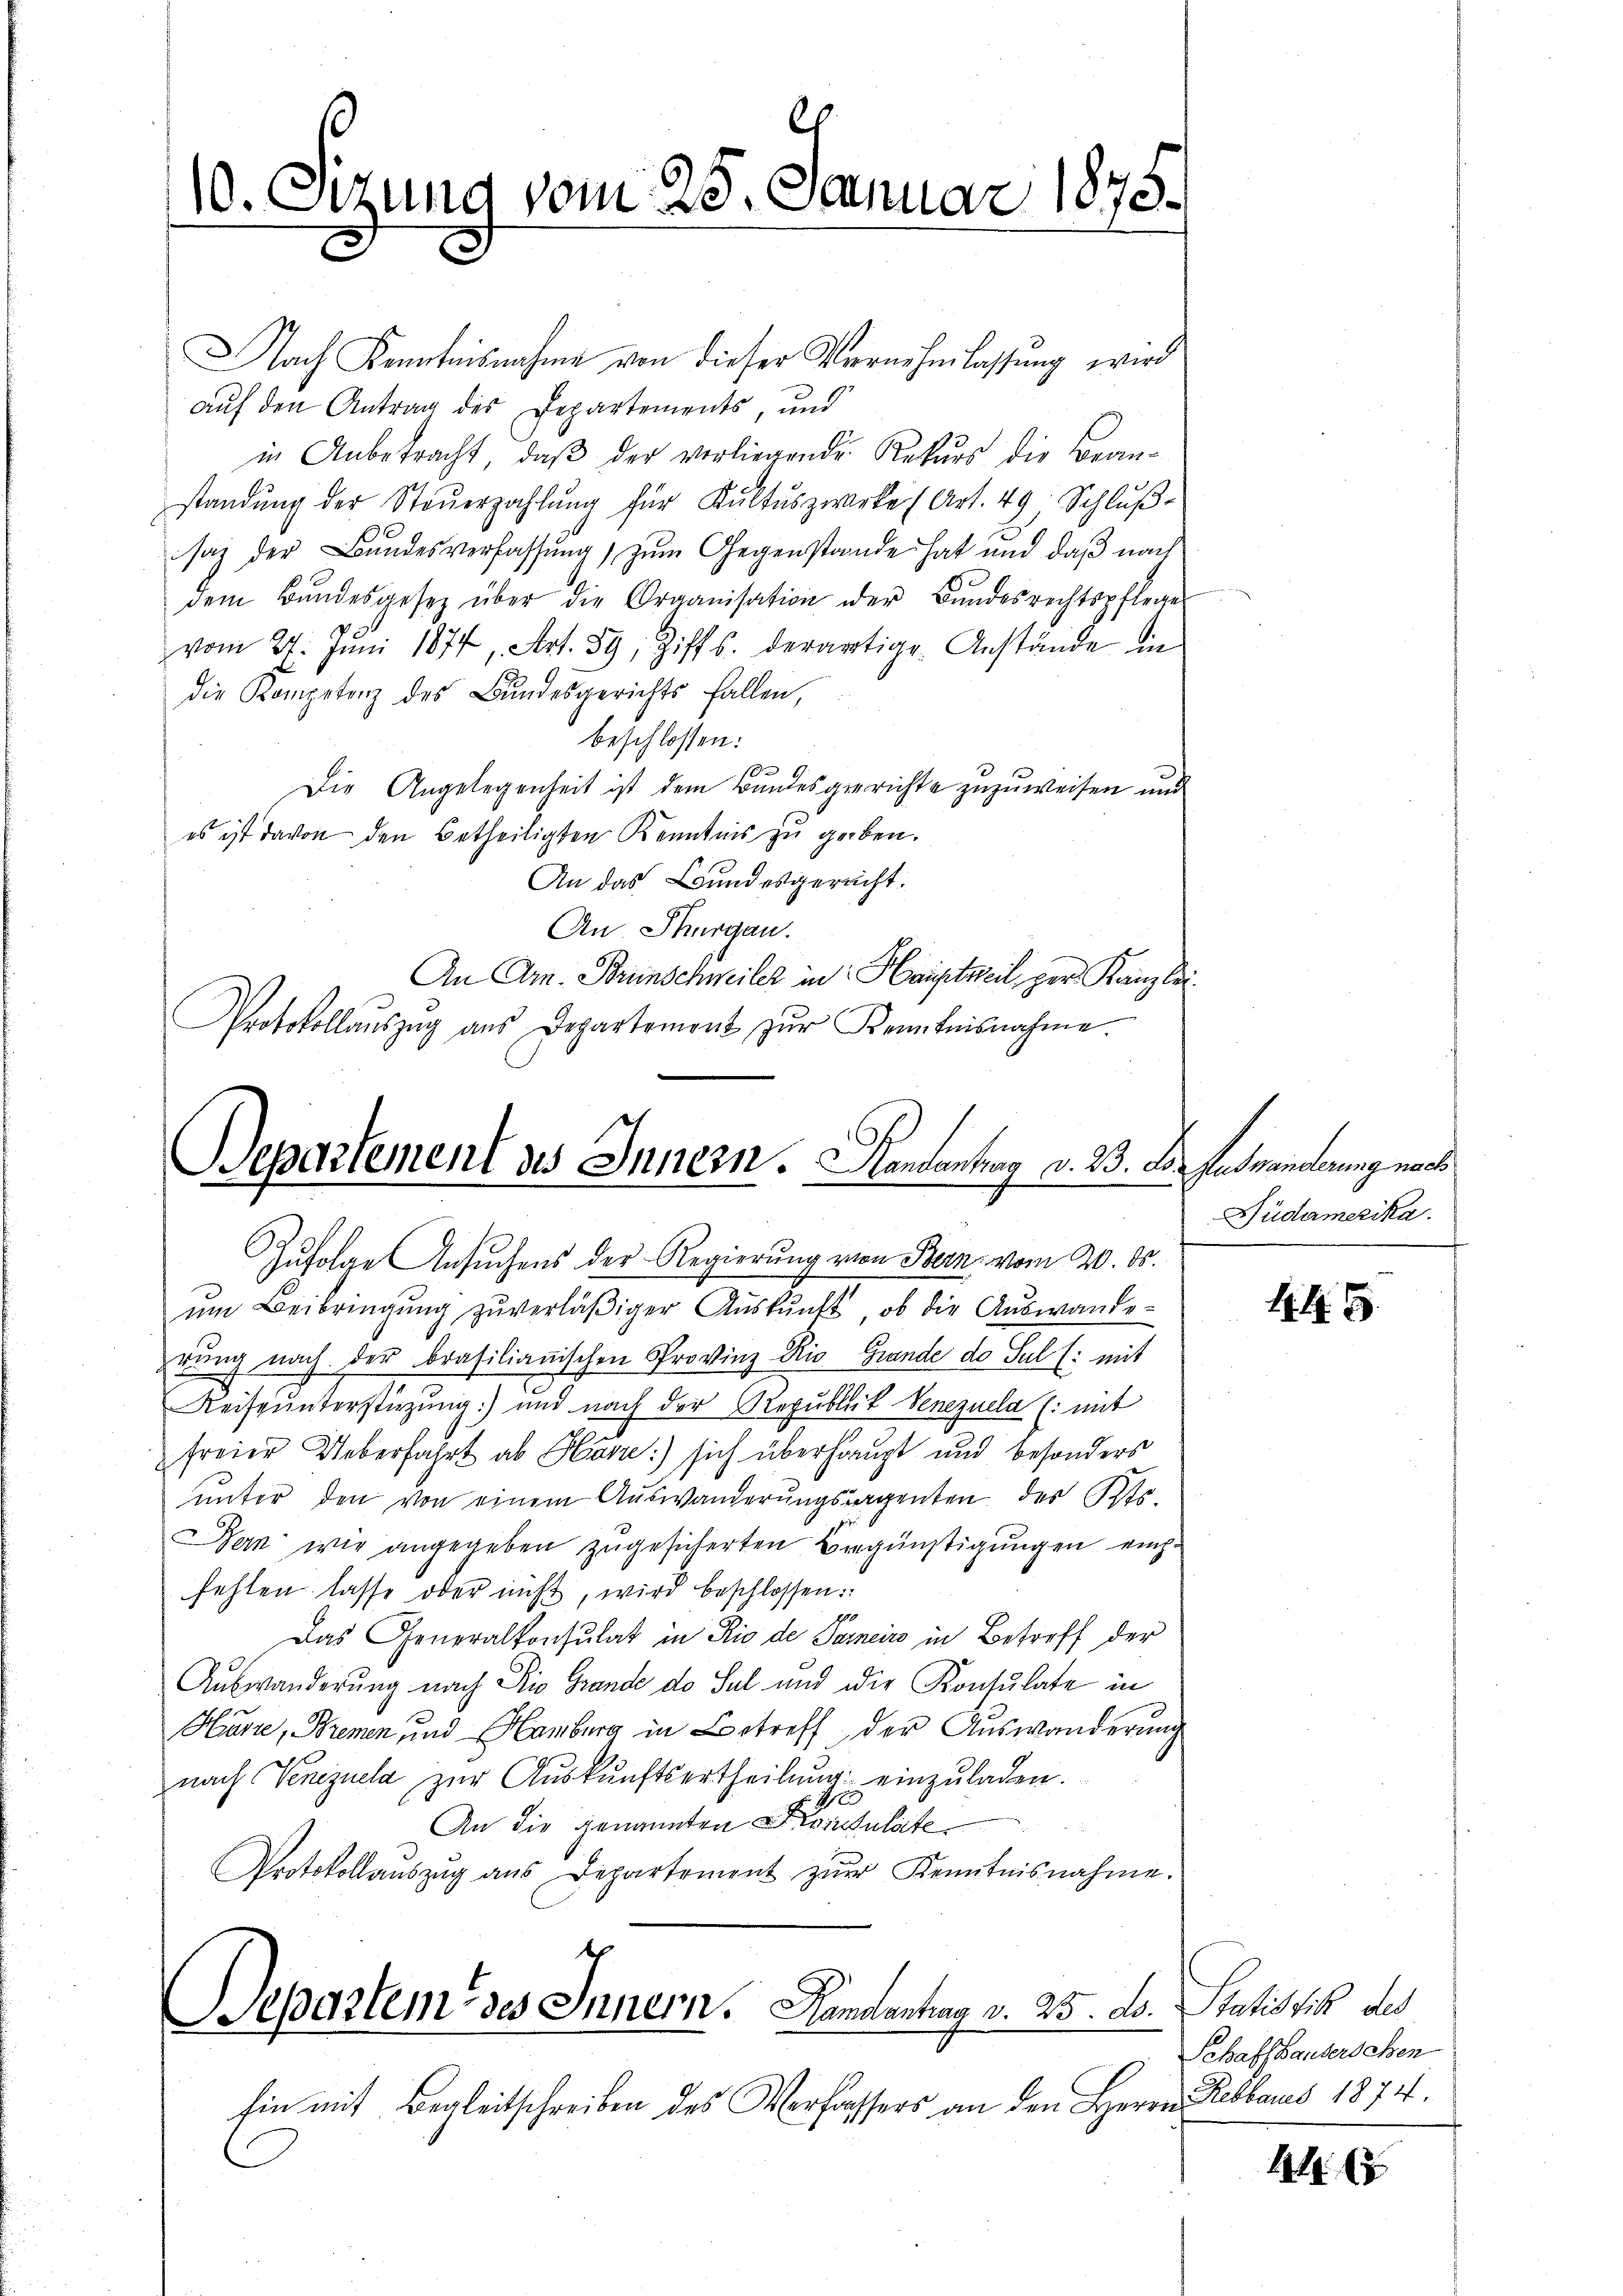
10. Sizung vom 25. Januar 1875.
p

Nach Kenntnisnahme von dieser Vernehmlassung wird
auf den Antrag des Departements, und
in Anbetracht, daβ der verliegende Rekŭrs die Bran-
standŭng der Steŭerzahlŭng für Kŭltŭszwerke (Art. 49, Schlŭβ-
saz der Bundesverfassŭng zŭm Gegenstande hat und daß nach
dem Bŭndesgesetz über die Organisation der Bŭndesrechtspflege
vom 27. Jŭni 1874, Art. 39, Ziff. derartige Anstände in
die Kompetenz des Bundesgerichts fallen,
beschlossen:

Die Angelegenheit ist dem Bandesgerichte zuzuweisen und
es ist davon den betheiligten Kenntnis zu geben.
An das Bundesgericht.
An Thurgau.
An Arn. Brunschweiler in Hauptweil, per Kanzlei¬
Protokollaŭszŭg aŭs Departemont zŭr Kenntnisnahme.

Departement des Innern. Handantrag v. B. d.
Zufolge Ansuchens der Regierung von Bern vom 20. ds.

ŭm Beibringŭng zŭverläβiger Aŭskŭnft, ob die Aŭswande-
rung nach der brasilianischen Provinz Rio Grande de Sul (: mit
Reiseunterstüzung) und nach der Republick Venezuela (: mit
freier Ueberfahrt ab Härre:) sich überhaupt und besonders
ŭnter den von einem Auswanderŭngsragenten des Kts.
Dan wie angegeben zugesicherten Begünstigungen einzufehlen lasse oder nicht, wird beschlossen:
Das Generalkonsulat in Rio de Pancirs in Betreff der
Auswanderung nach Pio Grande de Sel und die Konsulate in
Hurre, Bremen und Hamburg in Betreff der Auswanderung
nach Venezuela zŭr Aŭskŭnftsertheilŭng einzŭladen.
E
An die genannten Konsulate
Protokollaŭszŭg ans Departement zŭr Kenntnisnahme.
f

Separtem des Innern. Handantrag v. 25. ds. Statistik des

hin mit Begleitschreiben des Verfassers an den Herrn Rebbaues 1874.

Auswanderung nach
Südamerika.

417.

Schaffhauserschen

1